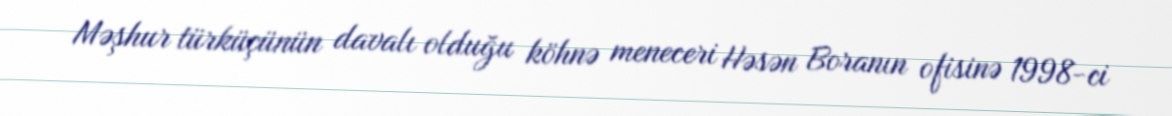
Məşhur türküçünün davalı olduğu köhnə meneceri Həsən Boranın ofisinə 1998-ci